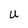
Character: U